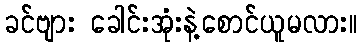
ခင်ဗျား ခေါင်းအုံးနဲ့စောင်ယူမလား။